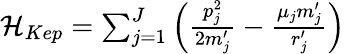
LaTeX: \begin{array}{r}{{\cal H}_{Kep}=\sum_{j=1}^{J}\left(\frac{p_{j}^{2}}{2m_{j}^{\prime}}-\frac{\mu_{j}m_{j}^{\prime}}{r_{j}^{\prime}}\right)}\end{array}